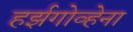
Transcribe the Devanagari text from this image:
हर्झगोव्हेना